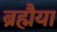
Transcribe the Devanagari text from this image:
ब्रह्मैया